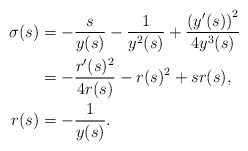
\begin{align*}\sigma(s)&=-\frac{s}{y(s)}-\frac{1}{y^2(s)}+\frac{ \left(y'(s)\right)^2}{4y^3(s)}\\&=-\frac{r'(s)^2}{4 r(s)}-r(s)^2+s r(s),\\r(s)&=-\frac{1}{y(s)}.\end{align*}